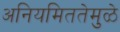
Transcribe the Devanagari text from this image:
अनियमिततेमुळे